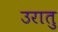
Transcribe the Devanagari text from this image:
उरातु